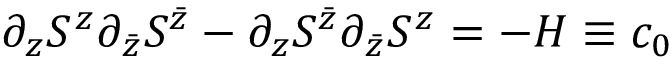
\partial _ { z } S ^ { z } \partial _ { \bar { z } } S ^ { \bar { z } } - \partial _ { z } S ^ { \bar { z } } \partial _ { \bar { z } } S ^ { z } = - { \cal H } \equiv c _ { 0 }